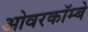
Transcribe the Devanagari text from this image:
ओवरकॉम्बे